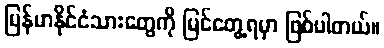
မြန်မာနိုင်ငံသားတွေကို မြင်တွေ့ရမှာ ဖြစ်ပါတယ်။